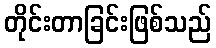
တိုင်းတာခြင်းဖြစ်သည်